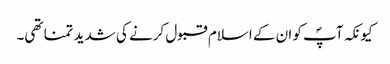
کیونکہ آپؐ کو ان کے اسلام قبول کرنے کی شدید تمنا تھی۔